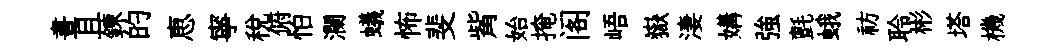
晝且錬的恵寧税俯怕瀾蟻怖斐觜始掩阁峿嶽淒媾強氈蛾祊聆彬塔機